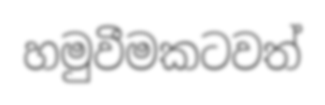
හමුවීමකටවත්